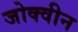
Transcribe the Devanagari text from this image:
जोक्वीन